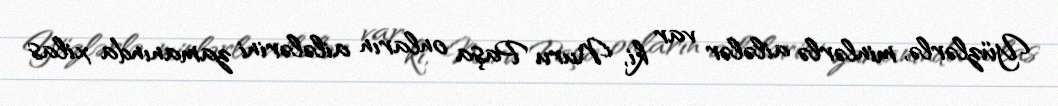
Yüzlərlə, minlərlə ailələr var ki, Nuru Paşa onların ailələrini zamanında xilas